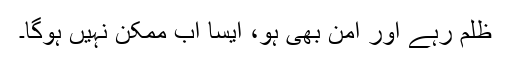
ظلم رہے اور امن بھی ہو، ایسا اب ممکن نہیں ہوگا۔